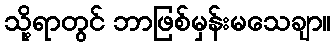
သို့ရာတွင် ဘာဖြစ်မှန်းမသေချာ။